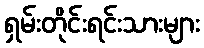
ရှမ်းတိုင်းရင်းသားများ